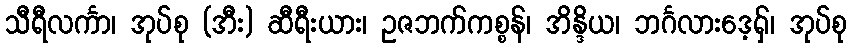
သီရီလင်္ကာ၊ အုပ်စု (အီး) ဆီရီးယား၊ ဥဇဘက်ကစ္စန်၊ အိန္ဒိယ၊ ဘင်္ဂလားဒေ့ရှ်၊ အုပ်စု